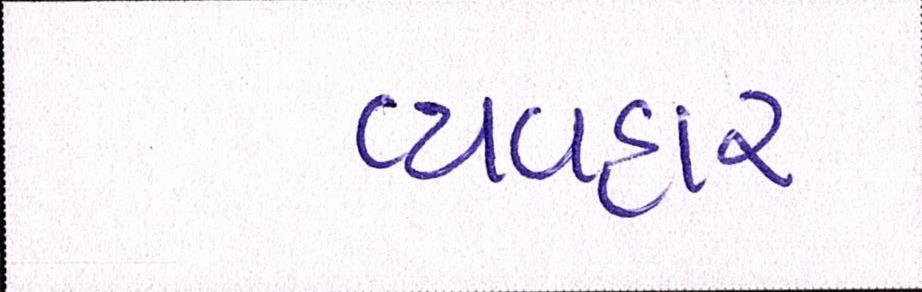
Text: વ્યવહાર